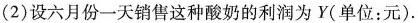
设六月份一天销售这种酸奶的利润为Y(单位：元).